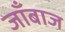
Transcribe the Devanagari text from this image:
जाँबाज